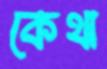
কেথা